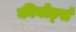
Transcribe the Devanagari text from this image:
कीबोर्ड्स